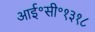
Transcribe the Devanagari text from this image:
आई॰सी॰१३१८